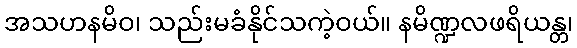
အသဟနမိဝ၊ သည်းမခံနိုင်သကဲ့ဝယ်။ နမိဏ္ဍလဖရိယန္တ၊